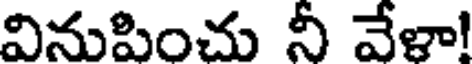
వినుపించు నీ వేళా!